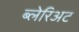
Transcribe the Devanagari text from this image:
ब्लेरिअट